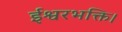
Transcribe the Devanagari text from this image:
ईश्वरभक्ति।